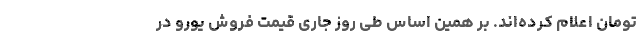
تومان اعلام کرده‌اند. بر همین‌ اساس طی روز جاری قیمت فروش یورو در